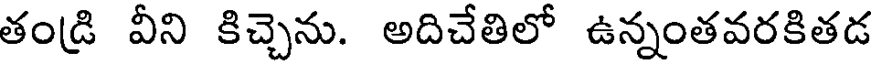
తండి వీని కిచ్చెను. అదిచేతిలో ఉన్నంతవరకితడ